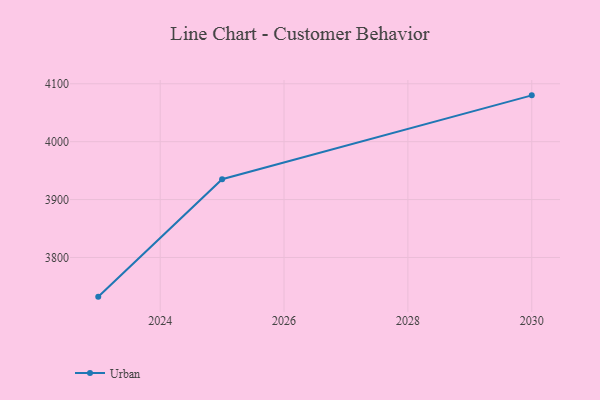
{"axis": {"x": "Year", "y": "Conversion Rate (%)"}, "legend": ["Urban"], "data": [{"x": "2023", "y": 3732.3, "type": "Urban"}, {"x": "2025", "y": 3935.1, "type": "Urban"}, {"x": "2030", "y": 4080.0, "type": "Urban"}]}